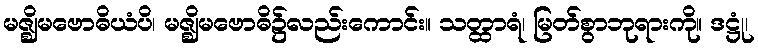
မဇ္ဈိမဗောဓိယံပိ၊ မဇ္ဈိမဗောဓိ၌လည်းကောင်း။ သတ္ထာရံ၊ မြတ်စွာဘုရားကို။ ဒဋ္ဌုံ၊